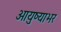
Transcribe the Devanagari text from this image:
आयुष्याभर